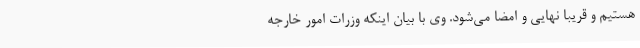
هستیم و قریباً نهایی و امضا می‌شود. وی با بیان اینکه وزرات امور خارجه